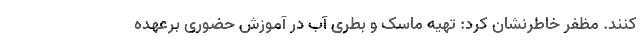
کنند. مظفر خاطرنشان کرد: تهیه ماسک و بطری آب در آموزش حضوری برعهده